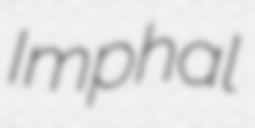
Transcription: Imphal